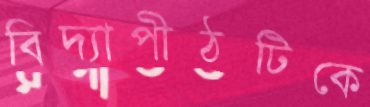
বিদ্যাপীঠটিকে